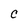
Character: c